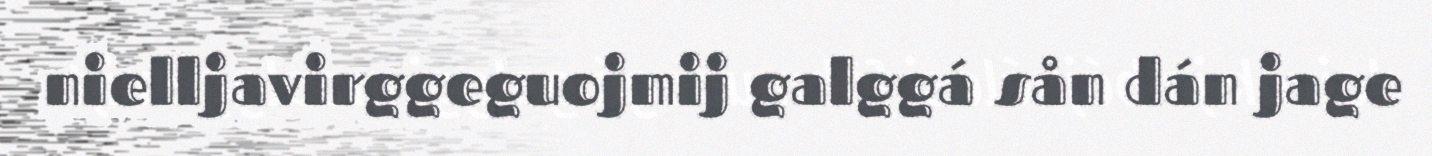
nielljavirggeguojmij galggá sån dán jage